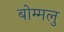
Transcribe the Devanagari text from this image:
बोम्मलु